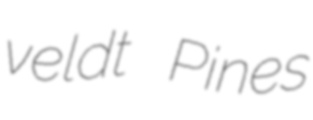
veldt Pines